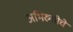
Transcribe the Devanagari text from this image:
अभिरुचीचे